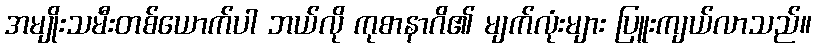
အမျိုးသမီးတစ်ယောက်ပါ ဘယ်လို ကုစာနာဂိ၏ မျက်လုံးများ ပြူးကျယ်လာသည်။